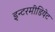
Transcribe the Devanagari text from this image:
इन्टरमीडियेट